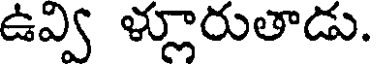
ఉవ్వి ళ్లూరుతాడు.